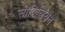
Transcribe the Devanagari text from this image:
सीविलियन